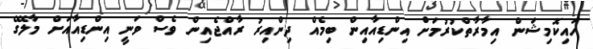
ހައިކޮމިޝަން އިމާރާތްކުރުމަށް އިންޑިއާއިން ބިމެއް ދިންއިރު ރާއްޖެއިން ވެސް ވަނީ އިންޑިއާއަށް މާލޭގެ